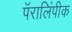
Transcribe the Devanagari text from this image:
पॅरालिंपीक